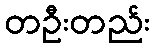
တဦးတည်း